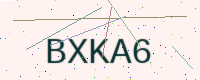
Text: BXKA6